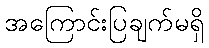
အကြောင်းပြချက်မရှိ